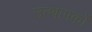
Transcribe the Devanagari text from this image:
उत्थापकों